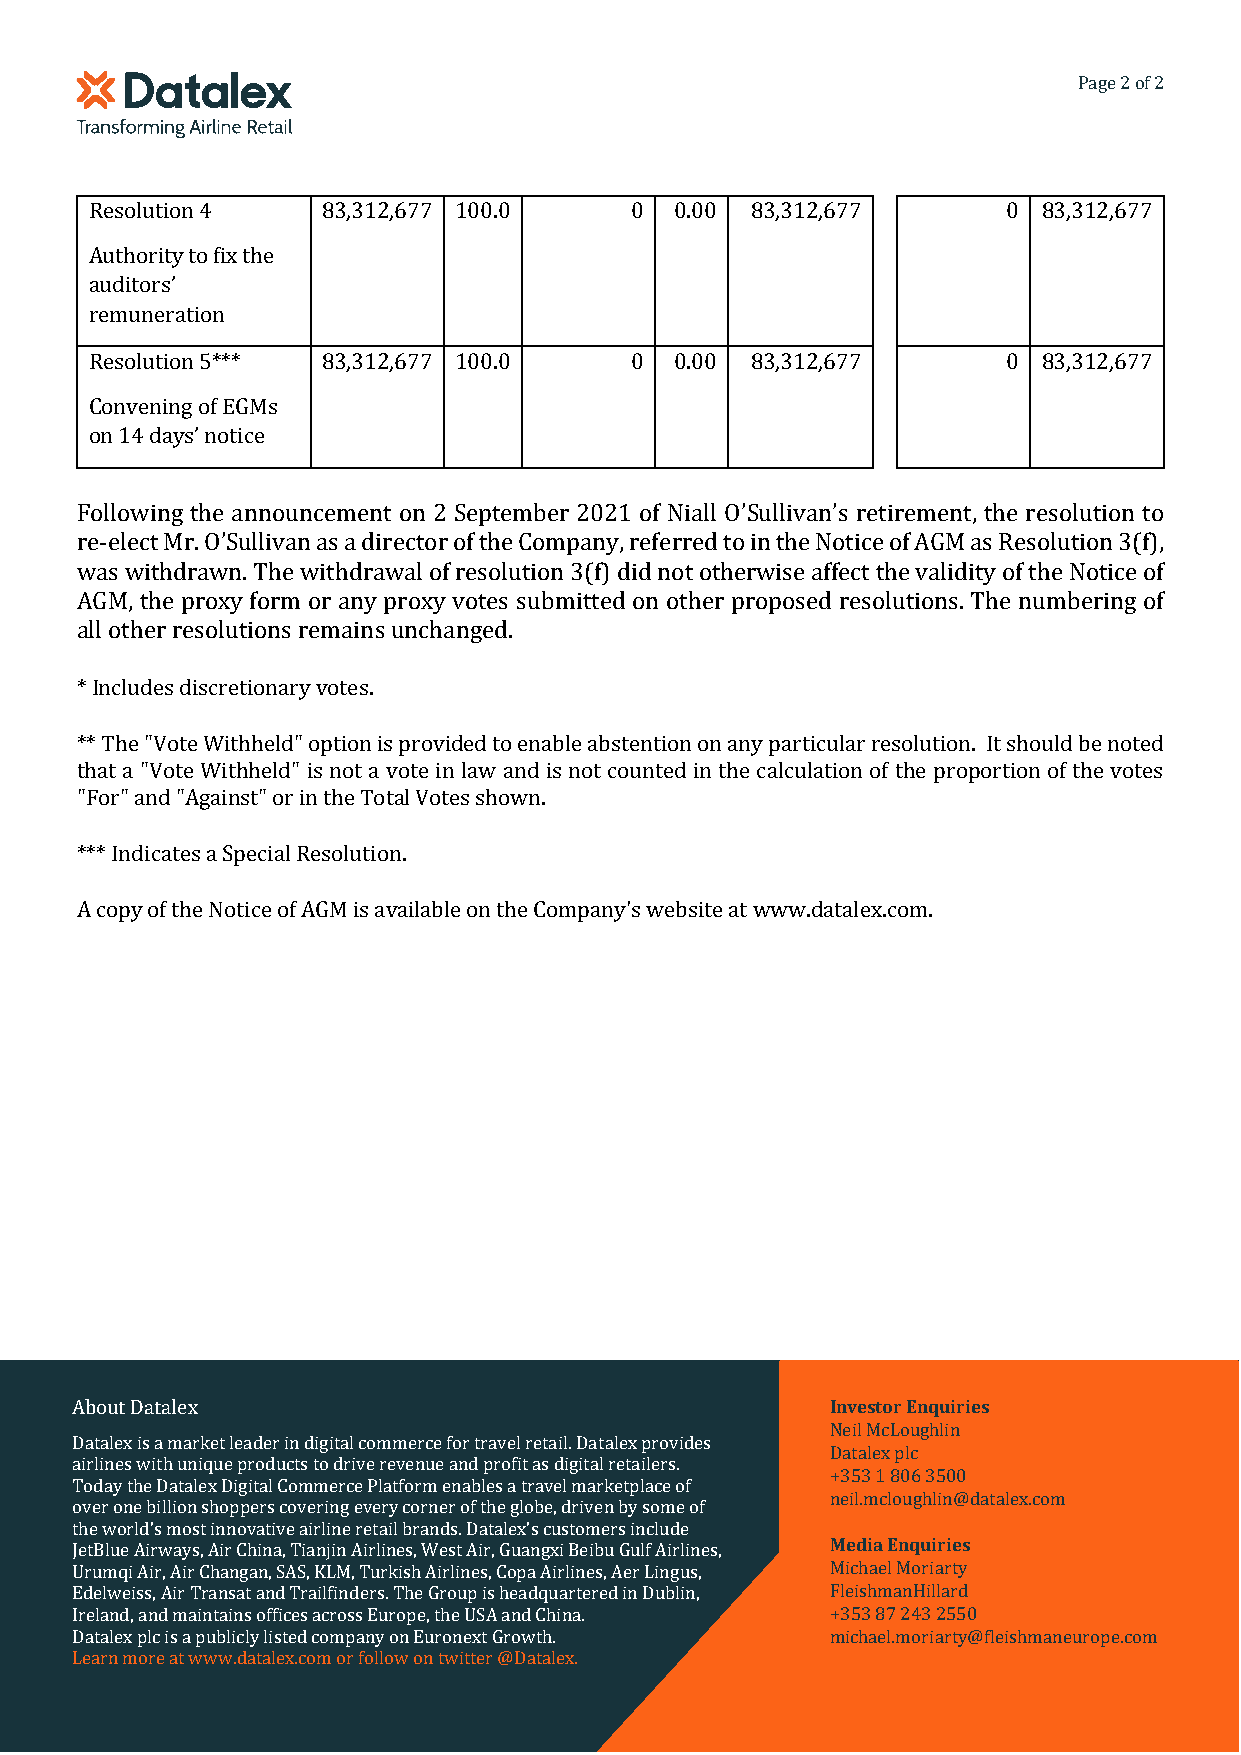
Page 2 of 2
 Resolution 4   83,312,677 100.0     0  0.00 83,312,677       0 83,312,677
 Authority to fix the
 auditors’
 remuneration
 Resolution 5*** 83,312,677 100.0    0  0.00 83,312,677       0 83,312,677
 Convening of EGMs
 on 14 days’ notice
 Following the announcement on 2 September 2021 of Niall O’Sullivan’s retirement, the resolution to
 re-elect Mr. O’Sullivan as a director of the Company, referred to in the Notice of AGM as Resolution 3(f),
 was withdrawn. The withdrawal of resolution 3(f) did not otherwise affect the validity of the Notice of
 AGM, the proxy form or any proxy votes submitted on other proposed resolutions. The numbering of
 all other resolutions remains unchanged.
 * Includes discretionary votes.
 ** The "Vote Withheld" option is provided to enable abstention on any particular resolution. It should be noted
 that a "Vote Withheld" is not a vote in law and is not counted in the calculation of the proportion of the votes
 "For" and "Against" or in the Total Votes shown.
 *** Indicates a Special Resolution.
 A copy of the Notice of AGM is available on the Company's website at www.datalex.com.
 About Datalex                                     Investor Enquiries
 Neil McLoughlin
 Datalex is a market leader in digital commerce for travel retail. Datalex provides
 Datalex plc
 airlines with unique products to drive revenue and profit as digital retailers.
 +353 1 806 3500
 Today the Datalex Digital Commerce Platform enables a travel marketplace of
 neil.mcloughlin@datalex.com
 over one billion shoppers covering every corner of the globe, driven by some of
 the world’s most innovative airline retail brands. Datalex’s customers include
 JetBlue Airways, Air China, Tianjin Airlines, West Air, Guangxi Beibu Gulf Airlines, Media Enquiries
 Urumqi Air, Air Changan, SAS, KLM, Turkish Airlines, Copa Airlines, Aer Lingus, Michael Moriarty
 Edelweiss, Air Transat and Trailfinders. The Group is headquartered in Dublin, FleishmanHillard
 Ireland, and maintains offices across Europe, the USA and China. +353 87 243 2550
 Datalex plc is a publicly listed company on Euronext Growth. michael.moriarty@fleishmaneurope.com
 Learn more at www.datalex.com or follow on twitter @Datalex.
 © Datalex PLC